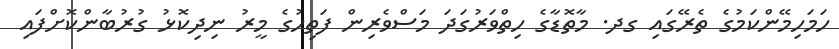
ހަމަހިމޭންކަމުގެ ތެރޭގައި ގދ. މާތޮޑާގެ ހިތްވަރުގަދަ މަސްވެރިން ފަތިހުގެ މީރު ނިދިކޮޅު ގުރުބާންކޮށްފައި